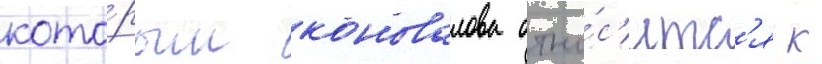
кото́рым коновалова отно́с'итс'я к